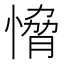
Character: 愶